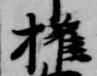
権